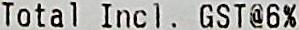
TOTAL INCL. GST@6%